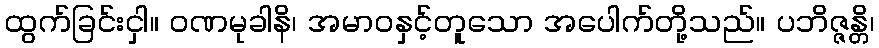
ထွက်ခြင်းငှါ။ ဝဏမုခါနိ၊ အမာဝနှင့်တူသော အပေါက်တို့သည်။ ပဘိဇ္ဇန္တိ၊